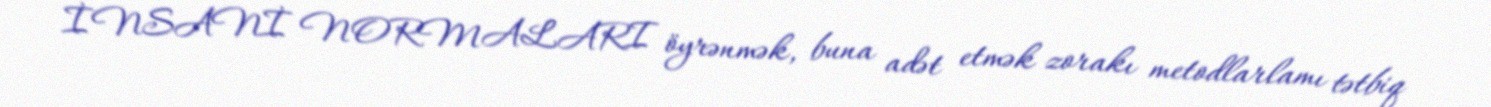
İNSANİ NORMALARI öyrənmək, buna adət etmək zorakı metodlarlamı tətbiq